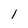
Character: 1